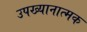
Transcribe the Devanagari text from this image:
उपख्यानात्मक